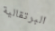
البرتقالية